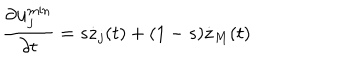
\frac { \partial { \bf u } _ { j } ^ { \min } } { \partial t } = s \dot { { \bf z } } _ { j } ( t ) + ( 1 - s ) \dot { { \bf z } } _ { M } ( t )